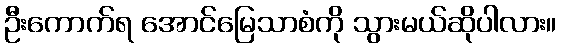
ဦးကောက်ရ အောင်မြေသာစံကို သွားမယ်ဆိုပါလား။